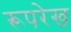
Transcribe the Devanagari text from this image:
रूपरेख